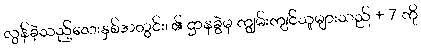
လွန်ခဲ့သည့်လေးနှစ်အတွင်း၊ ၏ ဌာနခွဲမှ ကျွမ်းကျင်သူများသည် + 7 ကို